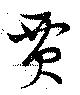
賈